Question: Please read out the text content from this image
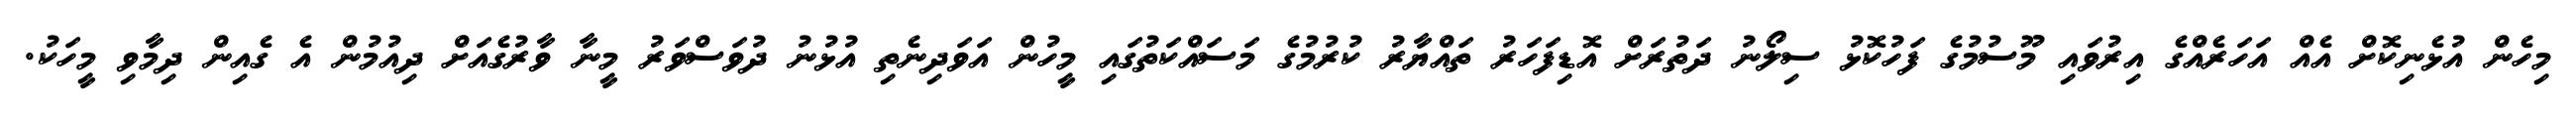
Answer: މިހެން އުޅެނިކޮށް އެއް އަހަރެއްގެ އިރުވައި މޫސުމުގެ ފަހުކޮޅު ސިލޯނު ދަތުރަށް އޮޑިފަހަރު ތައްޔާރު ކުރުމުގެ މަސައްކަތުގައި މީހުން އަވަދިނެތި އުޅުނު ދުވަސްވަރު މީނާ ވާރުގެއަށް ދިއުމުން އެ ގެއިން ދިމާވި މީހަކު.